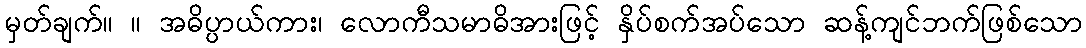
မှတ်ချက်။ ။ အဓိပ္ပာယ်ကား၊ လောကီသမာဓိအားဖြင့် နှိပ်စက်အပ်သော ဆန့်ကျင်ဘက်ဖြစ်သော